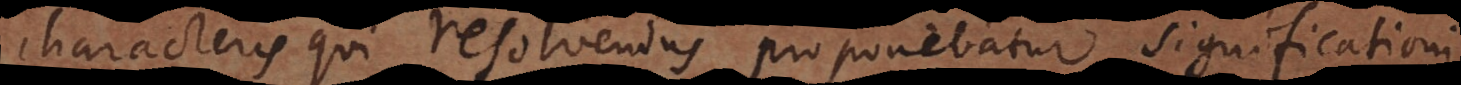
characteris qui resolvendus proponebatur significationi